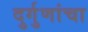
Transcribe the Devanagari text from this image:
दुर्गुणांचा